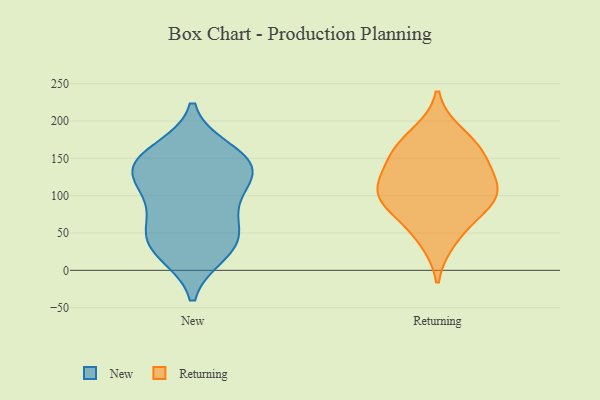
{"axis": {"x": "Market Share (%)", "y": "Value"}, "legend": ["New", "Returning"], "data": [{"x": "", "y": 48, "type": "New"}, {"x": "", "y": 138, "type": "New"}, {"x": "", "y": 120, "type": "New"}, {"x": "", "y": 76, "type": "New"}, {"x": "", "y": 94, "type": "New"}, {"x": "", "y": 38, "type": "New"}, {"x": "", "y": 147, "type": "New"}, {"x": "", "y": 142, "type": "New"}, {"x": "", "y": 34, "type": "New"}, {"x": "", "y": 159, "type": "New"}, {"x": "", "y": 24, "type": "New"}, {"x": "", "y": 131, "type": "New"}, {"x": "", "y": 105, "type": "Returning"}, {"x": "", "y": 118, "type": "Returning"}, {"x": "", "y": 166, "type": "Returning"}, {"x": "", "y": 90, "type": "Returning"}, {"x": "", "y": 150, "type": "Returning"}, {"x": "", "y": 95, "type": "Returning"}, {"x": "", "y": 112, "type": "Returning"}, {"x": "", "y": 70, "type": "Returning"}, {"x": "", "y": 150, "type": "Returning"}, {"x": "", "y": 183, "type": "Returning"}, {"x": "", "y": 40, "type": "Returning"}]}